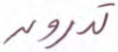
تدرون